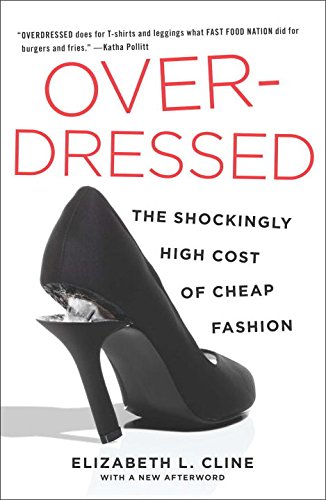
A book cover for Overdressed: The Shockingly High Cost of Cheap Fashion; Elizabeth L. Cline; Business & Money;